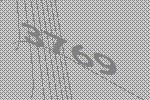
3769